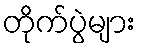
တိုက်ပွဲများ